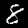
Label: 8